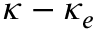
\kappa - \kappa _ { e }